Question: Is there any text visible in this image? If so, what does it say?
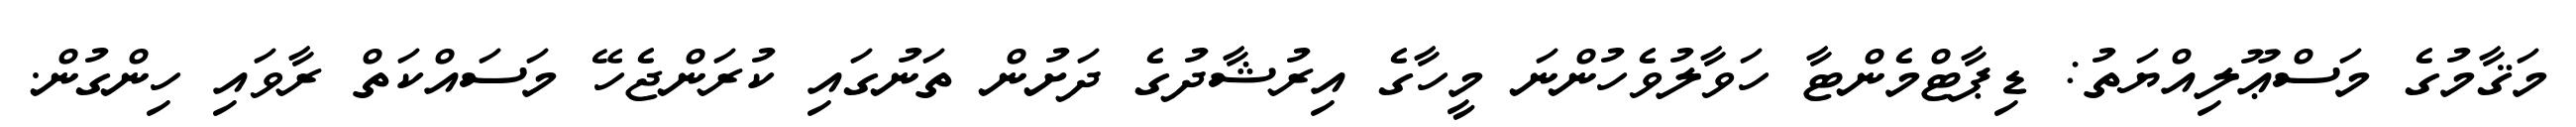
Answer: މަޤާމުގެ މަސްޢޫލިއްޔަތު: ޑިޕާޓްމެންޓާ ހަވާލުވެހުންނަ މީހާގެ އިރުޝާދުގެ ދަށުން ތަނުގައި ކުރަންޖެހޭ މަސައްކަތް ރާވައި ހިންގުން.